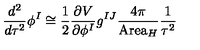
\frac { d ^ { 2 } } { d \tau ^ { 2 } } \phi ^ { I } \cong \frac { 1 } { 2 } \frac { \partial V } { \partial \phi ^ { I } } g ^ { I J } \frac { 4 \pi } { \mathrm { A r e a } _ { H } } \frac { 1 } { \tau ^ { 2 } }